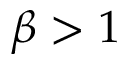
\beta > 1